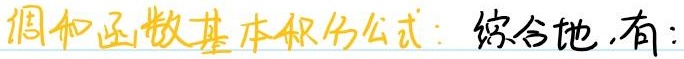
调和函数基本积分公式：综合地，有：